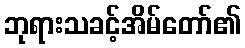
ဘုရားသခင့်အိမ်တော်၏